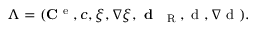
\Lambda = ( { \bf C } ^ { \mathrm { ~ e ~ } } , c , \xi , \nabla \xi , \textbf { d } _ { \mathrm { ~ \tiny ~ R ~ } } , \mathrm { ~ d ~ } , \nabla \mathrm { ~ d ~ } ) .